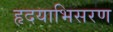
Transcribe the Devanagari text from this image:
हृदयाभिसरण